system: You are a helpful assistant.
user:
Analyze the provided spectrum to determine if it is a **"Cataclysmic Variables (CV)"**.

- **Key Indicators for CV (Check for either state):**
    - **State 1: Quiescent / Low-State (Emission-Dominated)**
        - **(Primary):** Strong and *very broad* Hydrogen Balmer emission lines (e.g., $H\alpha$ at 6563 Å, $H\beta$ at 4861 Å). The 'broadness' (high velocity dispersion, often FWHM > 1000 km/s) is the key diagnostic, indicating a high-velocity accretion disk.
        - **(Secondary):** Broad neutral Helium (He I) emission lines (e.g., 5876 Å, 6678 Å).
        - **(Key Confirmation):** Presence of high-excitation *ionized* Helium (He II) emission at 4686 Å. This is a strong indicator of accretion onto a white dwarf.
        - **(Line Profile):** Emission lines may exhibit a 'double-peaked' profile, which is a classic signature of a rotating accretion disk viewed at high inclination.

    - **State 2: Outburst / High-State (Absorption-Dominated)**
        - **(Primary):** Spectrum is dominated by a bright, blue continuum (looks like a hot star).
        - **(Secondary):** The emission lines from State 1 are weak, absent, or 'filled in', and are replaced by broad, shallow *absorption* lines (primarily Balmer and He I).
        - **(Morphology):** The overall spectrum mimics a hot B/A-type star. The crucial difference is that the absorption lines are significantly broader, shallower, and more 'washed-out' (or 'smeared') than the sharp lines of a normal stellar photosphere, due to high rotational speeds and pressure broadening in the disk.

Think first, call **spectral_visualization_tool** if needed to examine features in detail, then provide your final answer. Your response must adhere to the following strict rules:
1.  **Overall Structure:** Your response must follow the format `<think>...</think> <tool_call>...</tool_call> (if a tool is used) <answer>...</answer>`.
2.  **Tool Usage Constraint:** You may only make **one** tool call per turn.
3.  **Final Answer Format:** In the `<answer>` tag, your conclusion must be inside a `\boxed{}` command (e.g., `\boxed{YES}`), followed by your justification.

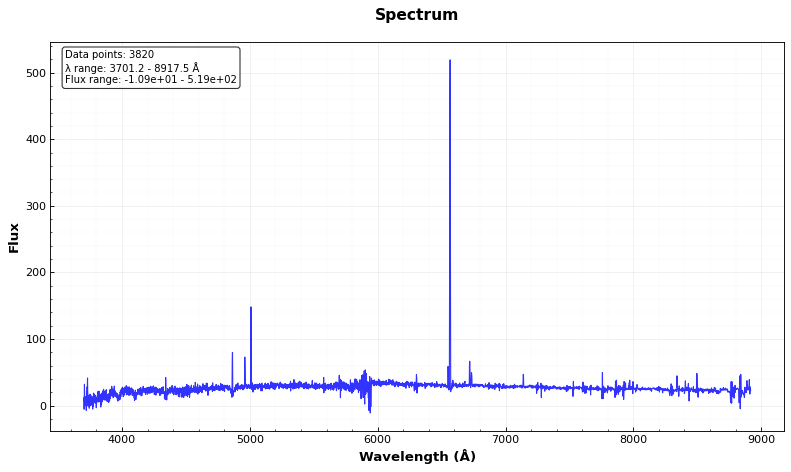
Answer: NO